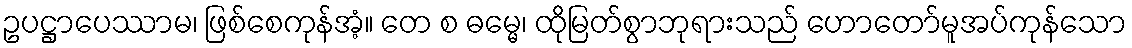
ဥပဋ္ဌာပေဿာမ၊ ဖြစ်စေကုန်အံ့။ တေ စ ဓမ္မေ၊ ထိုမြတ်စွာဘုရားသည် ဟောတော်မူအပ်ကုန်သော